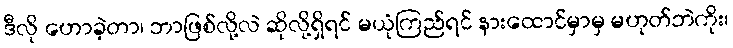
ဒီလို ဟောခဲ့တာ၊ ဘာဖြစ်လို့လဲ ဆိုလို့ရှိရင် မယုံကြည်ရင် နားထောင်မှာမှ မဟုတ်ဘဲကိုး၊